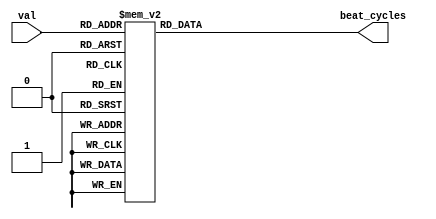
`timescale 1ns / 1ps
//////////////////////////////////////////////////////////////////////////////////
// Company: 
// Engineer: 
// 
// Design Name: 
// Module Name: tempo_selector
// Project Name: 
// Target Devices: 
// Tool Versions: 
// Description: 
// 
// Dependencies: 
// 
// Revision:
// Revision 0.01 - File Created
// Additional Comments:
// 
//////////////////////////////////////////////////////////////////////////////////

// 6000000000 / bpm = cycles per beat
// 60bpm = 100000000
// 75bpm = 80000000
// 90bpm = 66666666
// 100bpm = 60000000
// 120bpm = 50000000
// 140bpm = 42857142
// 200bpm = 30000000
// 240bpm = 25000000

module tempo_selector(
    input [2:0] val,
    output [31:0] beat_cycles
    );
    reg [31:0] cycles;
    always @* //NOTE: You are describing combo logic, since there is no clock signal
    case(val)
    3'b000: cycles=32'd100000000;
    3'b001: cycles=32'd80000000;
    3'b010: cycles=32'd66666666;
    3'b011: cycles=32'd60000000;
    3'b100: cycles=32'd50000000;
    3'b101: cycles=32'd42857142;
    3'b110: cycles=32'd30000000;
    3'b111: cycles=32'd25000000;
    endcase
    
    assign beat_cycles = cycles;
    
endmodule